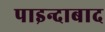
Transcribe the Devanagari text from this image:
पाइन्दाबाद